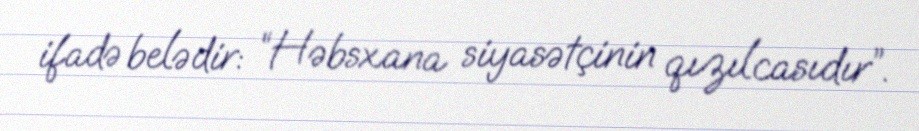
ifadə belədir: “Həbsxana siyasətçinin qızılcasıdır”.